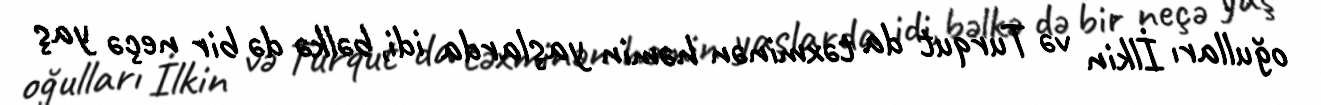
oğulları İlkin və Turqut da təxminən həmin yaşlarda idi, bəlkə də bir neçə yaş